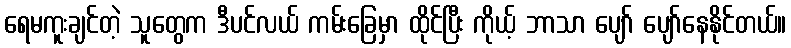
ရေမကူးချင်တဲ့ သူတွေက ဒီပင်လယ် ကမ်းခြေမှာ ထိုင်ပြီး ကိုယ့် ဘာသာ ပျော် ပျော်နေနိုင်တယ်။